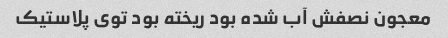
معجون نصفش آب شده بود ریخته بود توی پلاستیک